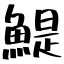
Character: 鯷